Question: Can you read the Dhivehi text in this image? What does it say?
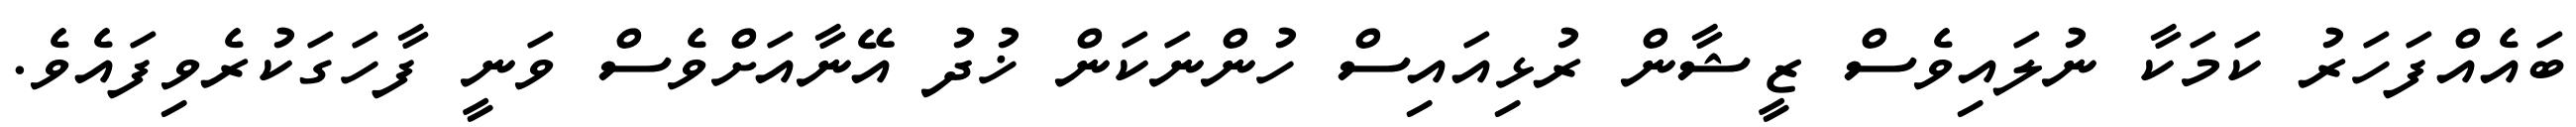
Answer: ބައެއްފަހަރު ކަމަކާ ނުލައިވެސް ޒީޝާން ރުޅިއައިސް ހުންނަކަން ޚުދު އޭނާއަށްވެސް ވަނީ ފާހަގަކުރެވިފައެވެ.